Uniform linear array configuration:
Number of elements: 4
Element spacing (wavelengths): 1
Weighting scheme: blackman
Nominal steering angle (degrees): -60
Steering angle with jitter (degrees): -58.528
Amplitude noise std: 0.05
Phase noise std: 0.05

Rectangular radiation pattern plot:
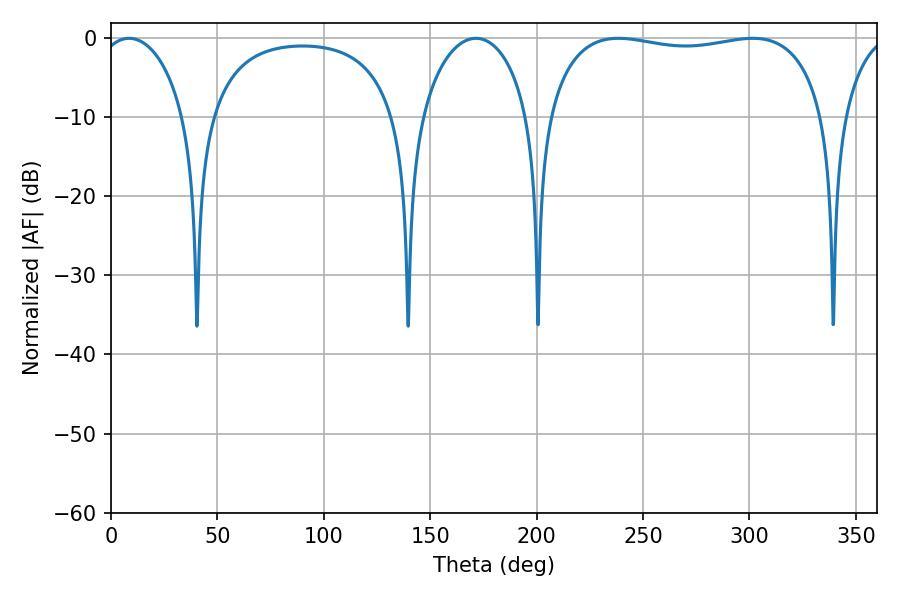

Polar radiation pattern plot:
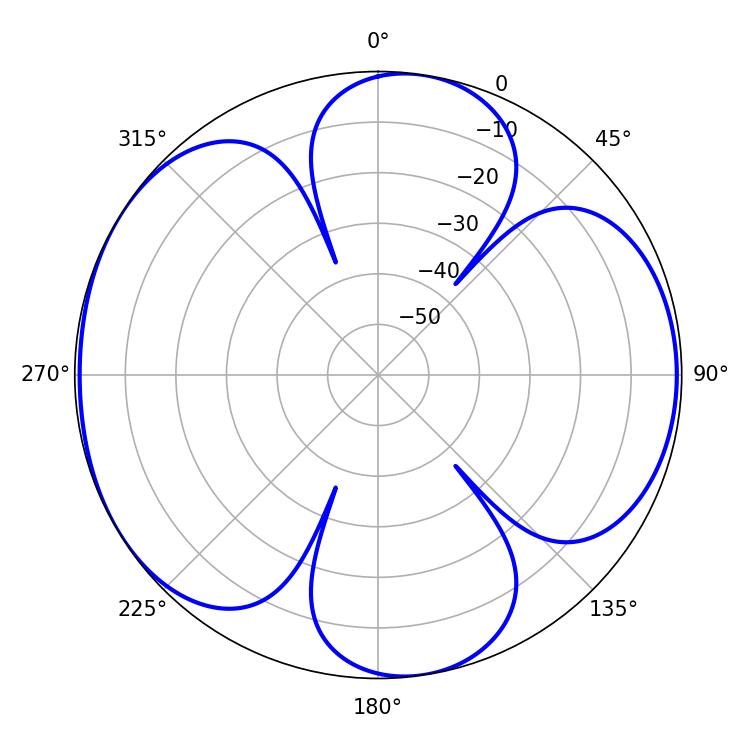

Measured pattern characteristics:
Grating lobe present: TRUE
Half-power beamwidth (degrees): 105.84
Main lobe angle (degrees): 238.5